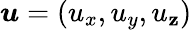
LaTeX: \boldsymbol{u}=(u_{x},u_{y},u_{\mathbf{z}})